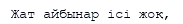
Жат айбынар ісі жоқ,